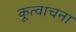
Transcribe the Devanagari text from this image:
कूत्वाचना